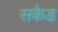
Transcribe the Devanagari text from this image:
सकेड